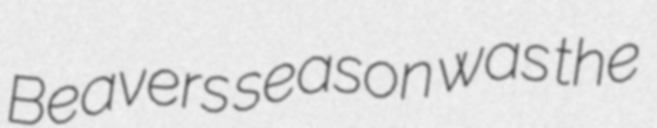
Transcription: Beavers season was the